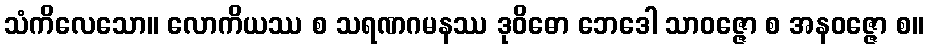
သံကိလေသော။ လောကိယဿ စ သရဏဂမနဿ ဒုဝိဓော ဘေဒေါ သာဝဇ္ဇော စ အနဝဇ္ဇော စ။